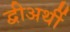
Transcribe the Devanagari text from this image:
द्वीअर्थी